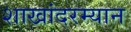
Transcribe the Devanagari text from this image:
शाखांदरम्यान